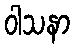
ဝါသနာ